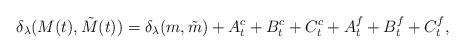
LaTeX: \begin{align*} \delta_{\lambda}(M(t),\tilde M(t)) = \delta_{\lambda}(m,\tilde m) + A_t^c + B_t^c + C_t^c + A_t^f + B_t^f + C_t^f,\end{align*}